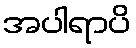
အပါရာပိ